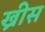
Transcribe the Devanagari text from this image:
ख्रीस